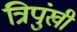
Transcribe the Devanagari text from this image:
त्रिपुंखी